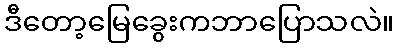
ဒီတော့မြေခွေးကဘာပြောသလဲ။